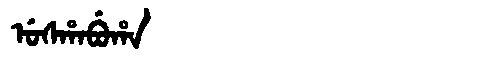
Manchu: ᡠᠰᡥᠠᠪᡠᡥᠠ
Romanization: USHABUHA